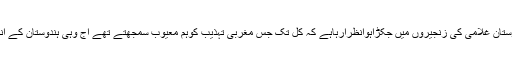
اورپھرسے ہندوستان غلامی کی زنجیروں میں جکڑاہوانظرآرہاہے کہ کل تک جس مغربی تہذیب کوہم معیوب سمجھتے تھے آج وہی ہندوستان کے اندرعام ہورہاہے۔